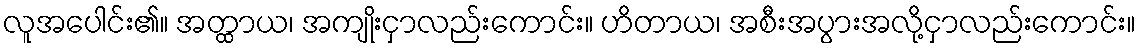
လူအပေါင်း၏။ အတ္ထာယ၊ အကျိုးငှာလည်းကောင်း။ ဟိတာယ၊ အစီးအပွားအလို့ငှာလည်းကောင်း။